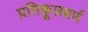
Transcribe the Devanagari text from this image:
प्रतिकूलवर्ण